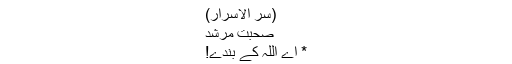
(سرّ الاسرار)
صحبتِ مرشد
* اے اللہ کے بندے!